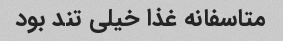
متاسفانه غذا خیلی تند بود